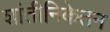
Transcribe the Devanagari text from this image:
शांतीनिकेतन